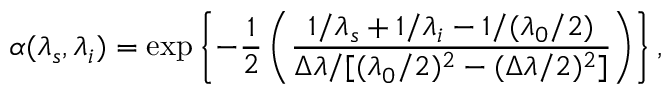
\alpha ( \lambda _ { s } , \lambda _ { i } ) = \exp \left\{ - \frac { 1 } { 2 } \left( \frac { { 1 / \lambda _ { s } + 1 / \lambda _ { i } - 1 / ( \lambda _ { 0 } / 2 ) } } { { \Delta \lambda / [ ( \lambda _ { 0 } / 2 ) ^ { 2 } - ( \Delta \lambda / 2 ) ^ { 2 } ] } } \right) \right\} ,